Lunatic asylums Burma 1922-24 - 1922-1924
Year: 1922
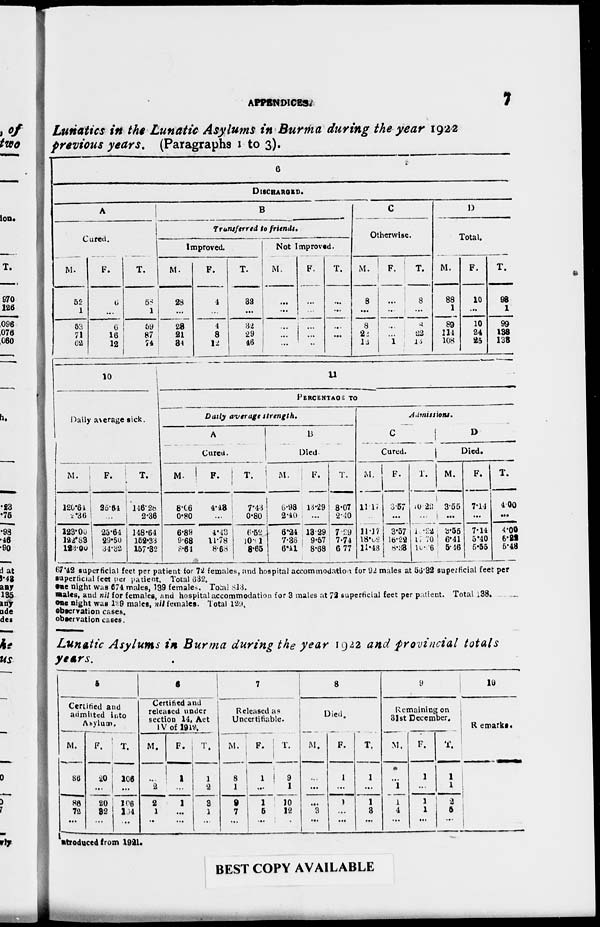
APPENDICES.
7
Lunatics in the Lunatic Asylums in Burma during the year 1922
previous years. (Paragraphs 1 to 3).
6
DISCHARGED.
A
Cured.
M.
52
1
53
71
62
F.
6
...
6
16
12
T.
58
1
59
87
74
B
Transferred to friends.
Improved.
M.
28
...
28
21
34
F.
4
...
4
8
12
T.
32
...
32
29
46
Not Imporved.
M.
...
...
...
...
...
F.
...
...
...
...
...
T.
...
...
...
...
...
C
Otherwise.
M.
8
...
8
22
12
F.
...
...
...
...
1
T.
8
...
8
12
13
D
Total.
M.
88
1
89
114
108
F.
10
...
10
24
25
T.
98
1
99
138
133
10
Daily average sick.
M.
126.64
2.36
123.00
122.83
123.00
F.
25.64
...
25.64
29.50
34.32
T.
146.28
2.36
148.64
152.33
157.32
11
PERCENTAGE TO
Daily average
strength.
A
Cured.
M.
8.06
0.80
6.89
9.68
8.64
F.
4.48
...
4.43
11.78
8.68
T.
7.43
0.80
6.52
10 . 1
8.65
B
Died.
M.
6.98
2.40
6.24
7.36
6.41
F.
13.29
...
13.29
9.57
8.68
T.
8.07
2.40
7.29
7.74
6.77
Admissions.
C
Cured.
M.
11.17
..
11.17
18.62
11.48
F.
3.57
...
3.57
16.22
8. 33
T.
10.22
...
1 .22
17.70
10.06
D
Died.
M.
3.55
...
3.55
6.41
5.16
F.
7.14
...
7.14
5.40
5.55
T.
4.00
...
4.00
5.22
5.48
67.42 superficial feet per patient for 72 females, and hospital accommodation for 92 males at 56.32 superficial feet per
superficial feet per patient. Total 332.
one night was 674 males, 139 females. Total 813.
males, and nil for females, and hospital accommodation for 3 males at 72 superficial feet per patient. Total 138.
one night was 129 males, nil females. Total 129.
observation cases.
observation cases.
Lunatic Asylums in Burma during the year 1922 and provincial totals
years.
5
Certified and
admitted into
Asylum.
M.
86
...
86
72
...
F.
20
...
20
32
...
T.
106
...
106
104
...
6
Certified and
released under
section 14, Act
IV of 1921.
M.
...
2
2
1
...
F.
1
...
1
...
...
T.
1
2
3
1
...
7
Released as
Uncertifiable.
M.
8
1
9
7
...
F.
1
...
1
5
...
T.
9
1
10
12
...
8
Died.
M.
...
...
...
3
...
F.
1
...
1
...
...
T.
1
...
1
3
...
9
Remaining on
31st December.
M.
...
1
1
4
...
F.
1
...
1
1
...
T.
1
1
2
5
...
10
Remarks.
introduced from 1921.
BEST COPY AVAILABLE